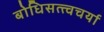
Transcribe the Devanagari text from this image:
बोधिसत्त्वचर्या